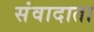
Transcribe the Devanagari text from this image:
संवादाता